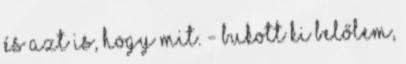
És azt is, hogy mit. - bukott ki belőlem,